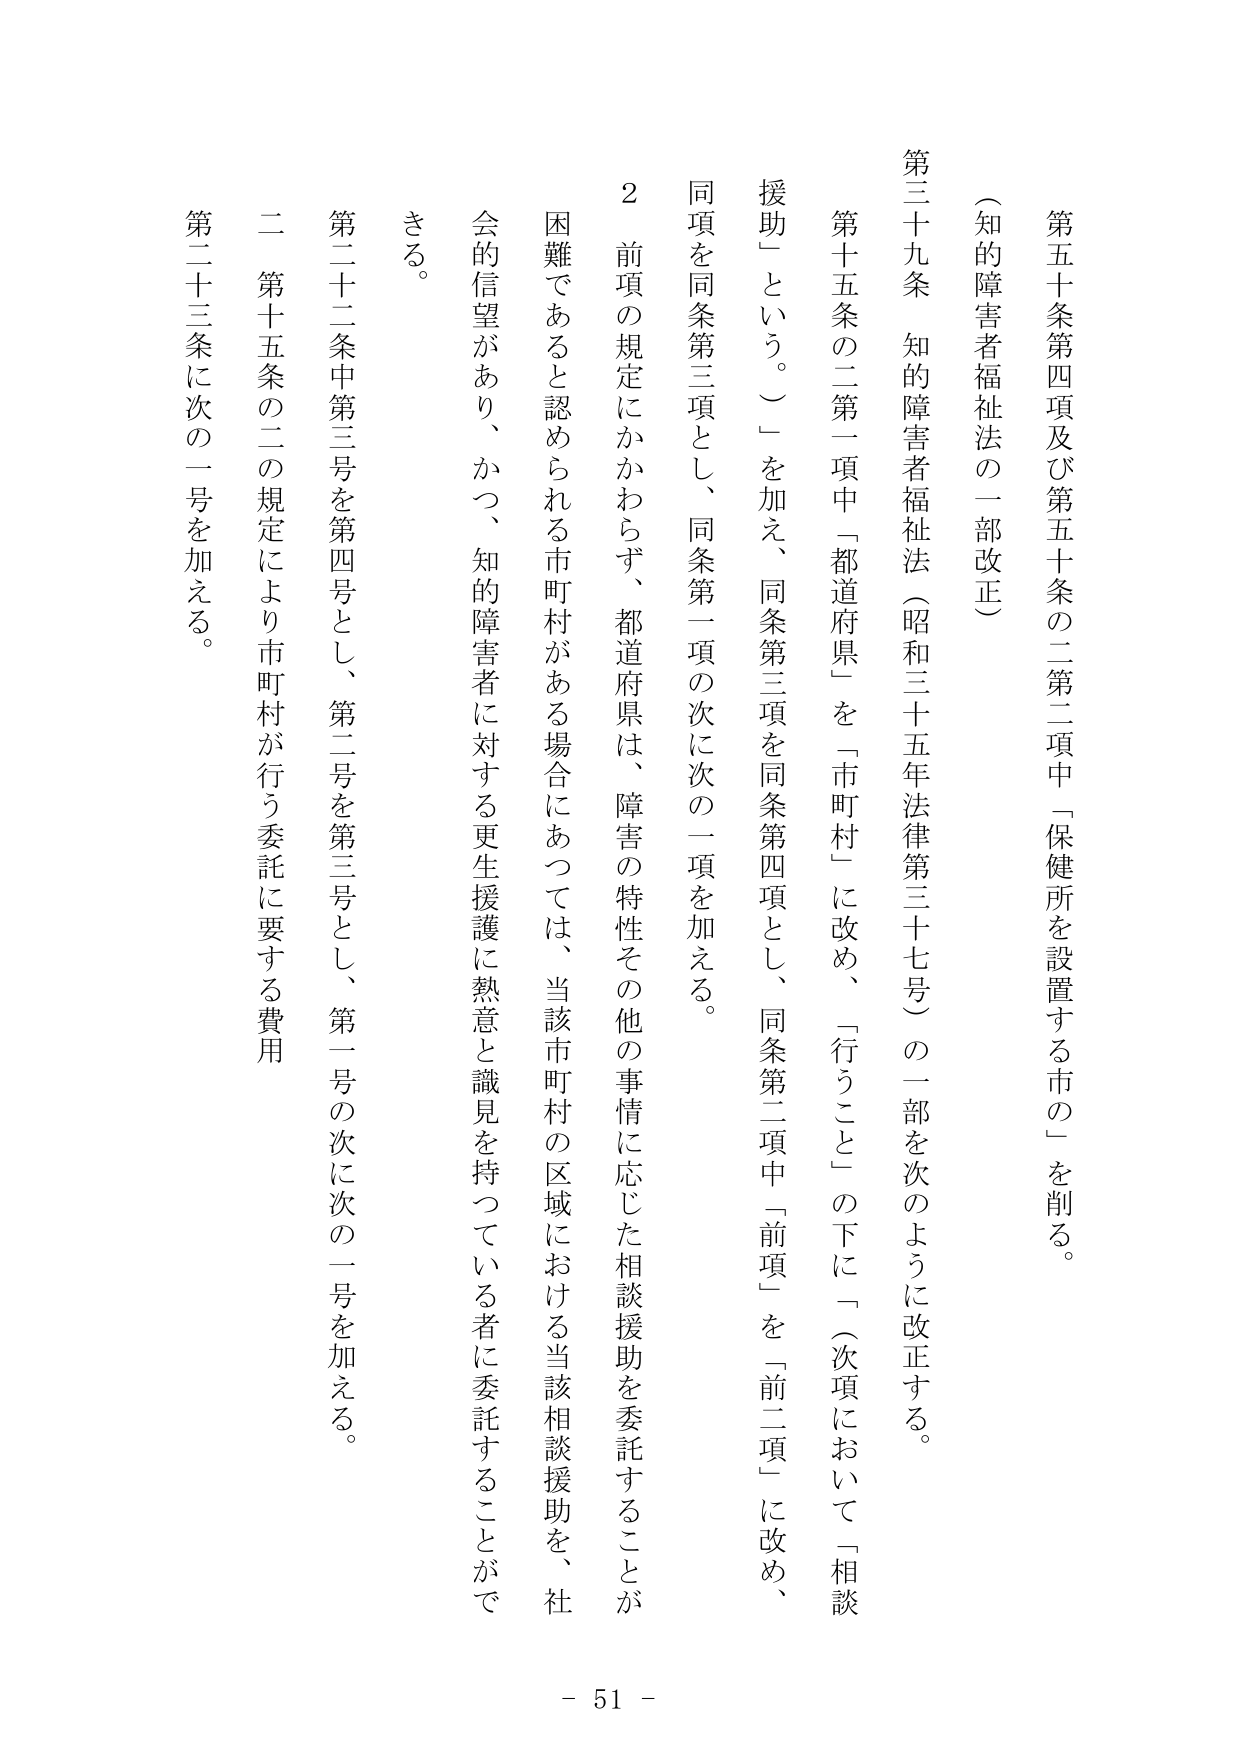
第五十条第四項及び第五十条の二第二項中「保健所を設置する市の」を削る。

（知的障害者福祉法の一部改正）

第三十九条　知的障害者福祉法（昭和三十五年法律第三十七号）の一部を次のように改正する。

第十五条の二第一項中「都道府県」を「市町村」に改め、「行うこと」の下に「（次項において「相談援助」という。）」を加え、同条第三項を同条第四項とし、同条第二項中「前項」を「前二項」に改め、同項を同条第三項とし、同条第一項の次に次の一項を加える。

２　前項の規定にかかわらず、都道府県は、障害の特性その他の事情に応じた相談援助を委託することが困難であると認められる市町村がある場合にあっては、当該市町村の区域における当該相談援助を、社会的信望があり、かつ、知的障害者に対する更生援護に熱意と識見を持っている者に委託することができる。

第二十二条中第三号を第四号とし、第二号を第三号とし、第一号の次に次の一号を加える。

二　第十五条の二の規定により市町村が行う委託に要する費用

第二十三条に次の一号を加える。

- 51 -